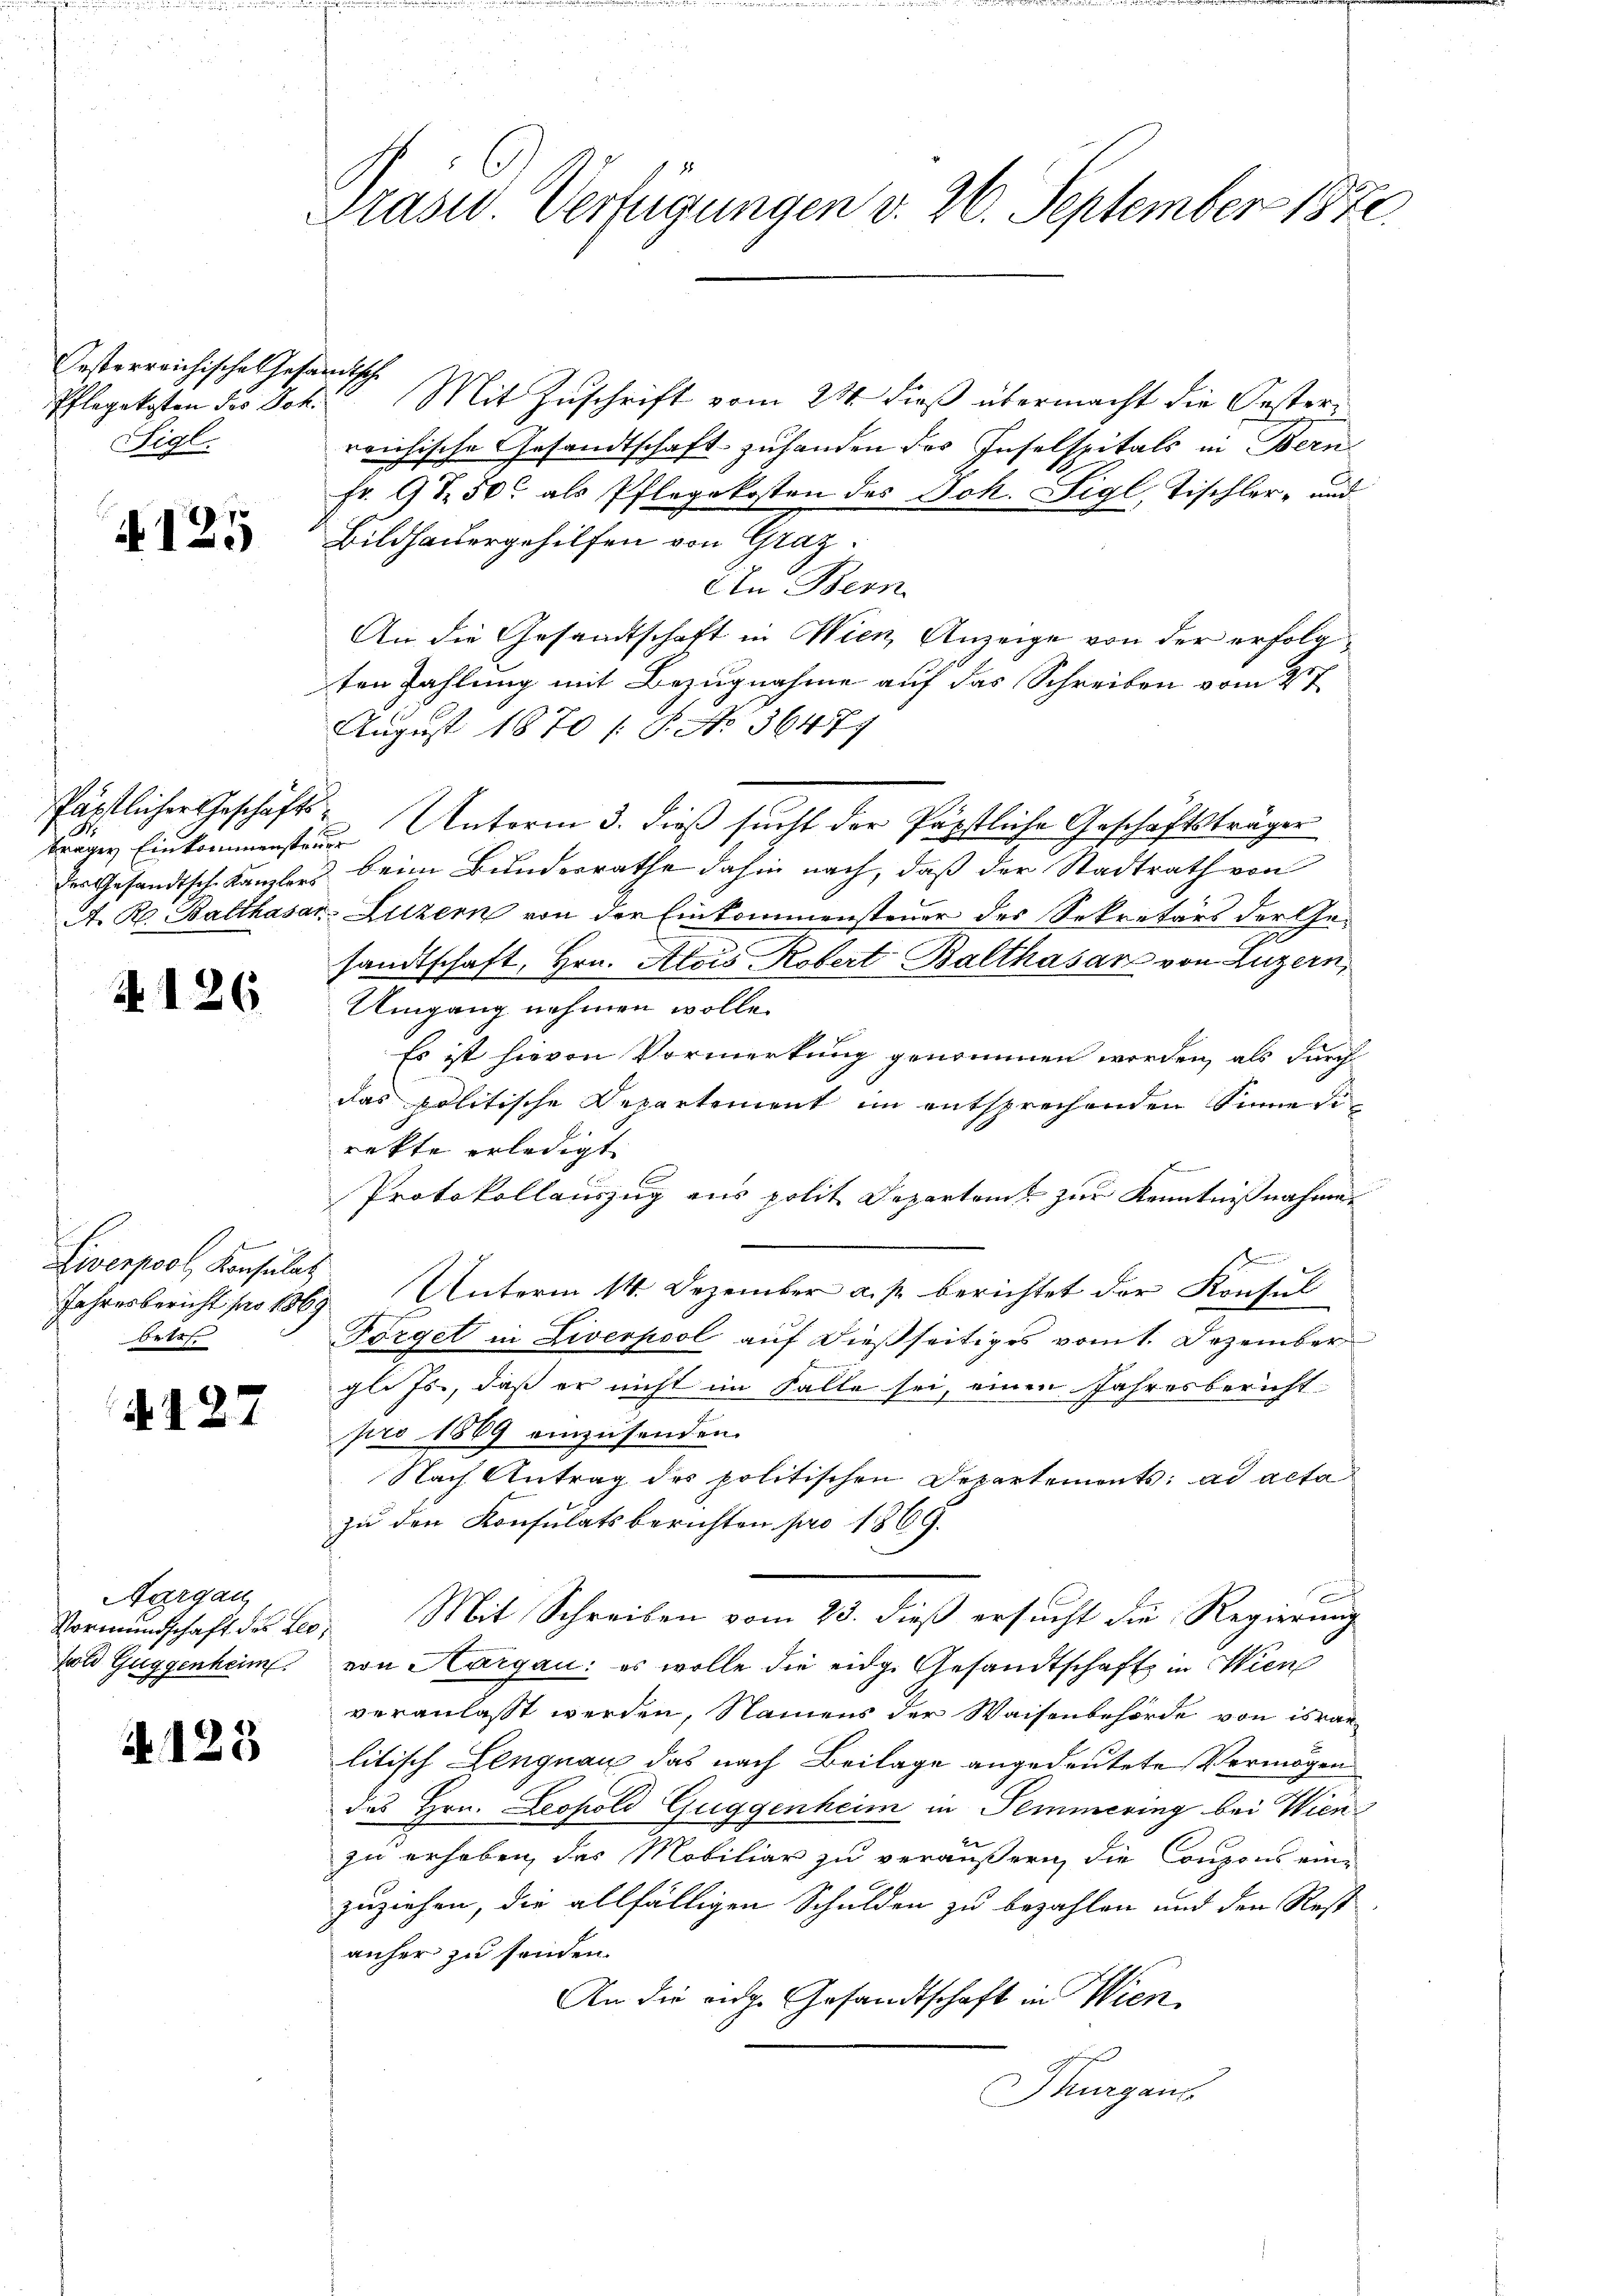
esterreichisches Gesandtische
Pflegekosten des Joh.
Sigl.

A 125

tragen Einkommensteuer

N 126.

Liverpool, Konsulat
betr.

A127

Aargau,
hold Guggenheim.

N. 123

Präsid. Verfügungen v. 26. September 1870.

Mit Zuschrift vom 24. dieß übermacht die Oesterreichische Gesandtschaft zuhanden des Inselspitals in Bern
Fr. 9 t 50 als Pflegekosten des Joh. Sigl, Tischler- und
Bildhauergehilfen von Graz.
An Bern.
An die Gesandtschaft in Wien, Anzeige von der erfolgten Zahlung mit Bezugnahme auf das Schreiben vom 27.
August 1870 /: P. No 36471
Päpstlicher Geschäfts- Unterm 3. dieß sucht der Päpstliche Geschäftsträger
des Gesandtsch Kanzlers beim Bundesrathe dahin nach, daß der Stadtrath von
A. R. Balthasar Luzern von der Einkommensteuer des Sekretärs der Gesandtschaft, Hrn. Alois Robert Balthasar von Luzern,
Umgang nehmen wolle.
Es ist hievon Vormerkung genommen worden, als durch
das politische Departement im entsprechenden Sinnerirekte erledigt. |
Protokollauszug aus polit. Departen zur Kenntnißnahme
Jahresbericht pro 1869 Unterm 14. Dezember a. p. berichtet der Konsul
Förget in Liverpool auf dießseitiges vom 1. Dezember
gli Js., daß er nicht im Falle sei, einen Jahresbericht
pro 1869 einzusenden.
Nach Antrag des politischen Departements: ad acta
zu den Konsulatsberichten pro 1869.
Vormŭndschaft der Leo Mit Schreiben vom 23. dieβ ersŭcht die Regierŭng
von Thurgau: es wolle die eidg. Gesandtschaft in Wien
veranlasst werden, Namens der Waisenbehörde von israelitisch Lengnau das nach Beilage angedeutete Vermögen
des Hrn. Leopold Guggenheim in Temmering bei Wien
zu erheben, des Mobiliar zu veräußern, die Coupons einzuziehen, die allfälligen Schulden zu bezahlen und den Rest
anher zu senden.
An die eidge Gesandtschaft in Wien,
Thurgaus